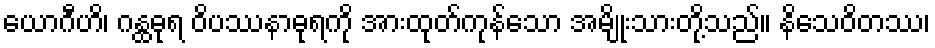
ယောဂီဟိ၊ ဂန္ထဓုရ ဝိပဿနာဓုရကို အားထုတ်ကုန်သော အမျိုးသားတို့သည်။ နိသေဝိတဿ၊